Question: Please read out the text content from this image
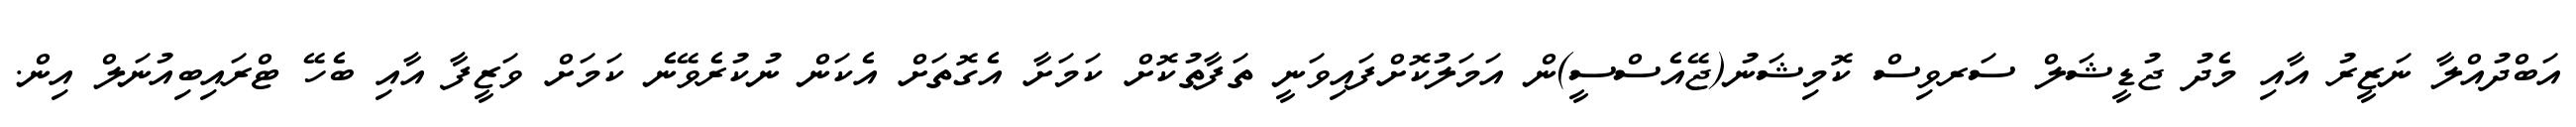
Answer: އަބްދުއްލާ ނަޒީރު އާއި މެދު ޖުޑީޝަލް ސަރވިސް ކޮމިޝަނު(ޖޭއެސްސީ)ން އަމަލުކޮށްފައިވަނީ ތަފާތުކޮށް ކަމަށާ އެގޮތަށް އެކަން ނުކުރެވޭނެ ކަމަށް ވަޒީފާ އާއި ބެހޭ ޓްރައިބިއުނަލް އިން.